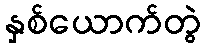
နှစ်ယောက်တွဲ